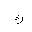
Letter: _kaf